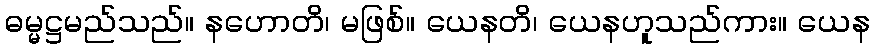
ဓမ္မဋ္ဌမည်သည်။ နဟောတိ၊ မဖြစ်။ ယေနတိ၊ ယေနဟူသည်ကား။ ယေန